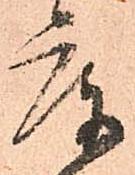
庫